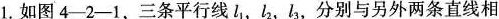
1.如图4-2-1，三条平行线l _{ 1 }，l _{ 2}，l _{ 3 }，分别与另外两条直线相